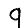
Digit: 9